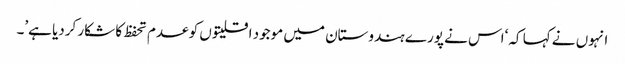
انہوں نے کہا کہ ‘اس نے پورے ہندوستان میں موجود اقلیتوں کو عدم تحفظ کا شکار کردیا ہے’۔